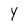
Character: Y